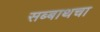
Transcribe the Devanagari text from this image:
सब्बाथचा